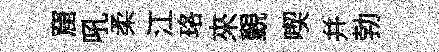
窟吼柔江珞來覲喫并勃